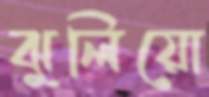
ঝুলিয়ো